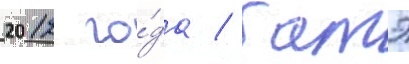
2012 го́да / батэ